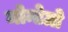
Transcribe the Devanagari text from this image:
मोन्टेग्रो